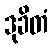
ဒုခိတံ